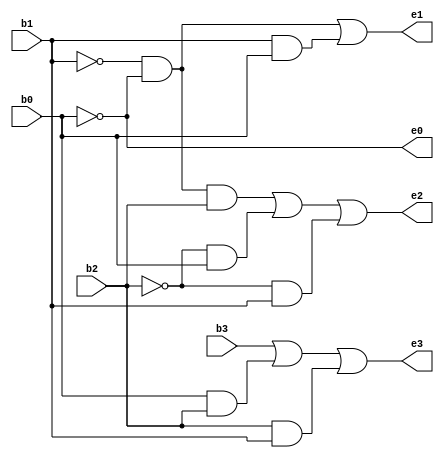
`timescale 1ns / 1ps
//////////////////////////////////////////////////////////////////////////////////
// Company: 
// Engineer: 
// 
// Design Name: 
// Module Name: bcdtoexcess3
// Project Name: 
// Target Devices: 
// Tool Versions: 
// Description: 
// 
// Dependencies: 
// 
// Revision:
// Revision 0.01 - File Created
// Additional Comments:
// 
//////////////////////////////////////////////////////////////////////////////////


    module bcd_excess3(b3,b2,b1,b0,e3,e2,e1,e0);
    input b3,b2,b1,b0;
    output e3,e2,e1,e0;
    assign e3=b3|b0&b2|b2&b1;
    assign e2=(~b1)&(~b0)&(b2)|(~b2)&(b0)|(~b2)&(b1);
    assign e1=(~b1)&(~b0)|b1&b0;
    assign e0=~b0;
    endmodule